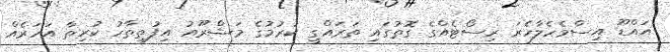
އައްޑޫ އިސްމެހެލާހެރަ ރިސޯޓެއްގެ ގޮތުގައި ތަރައްގީ ކުރުމުގެ މަޝްރޫއު އިފުތިތާހު ކުރިތާ އަހަރެއް